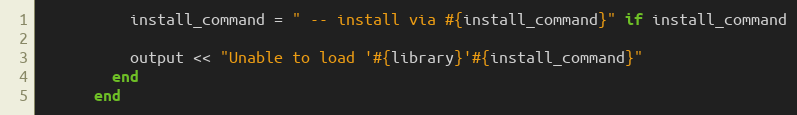
Language: Ruby
          install_command = " -- install via #{install_command}" if install_command

          output << "Unable to load '#{library}'#{install_command}"
        end
      end